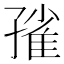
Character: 𡦓